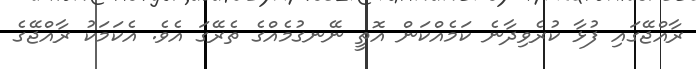
ރާއްޖޭގައި ފުޅާ ކުރެވިދާނެ ކަމެއްކަން އޮތީ ނޭނގުމެއްގެ ތެރޭގަ އެވެ. އެކަމަކު ރާއްޖޭގެ